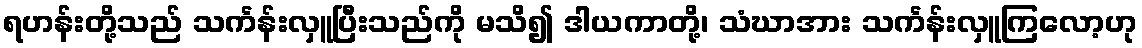
ရဟန်းတို့သည် သင်္ကန်းလှူပြီးသည်ကို မသိ၍ ဒါယကာတို့၊ သံဃာအား သင်္ကန်းလှူကြလော့ဟု